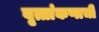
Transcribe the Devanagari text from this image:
वृत्तांकणाची